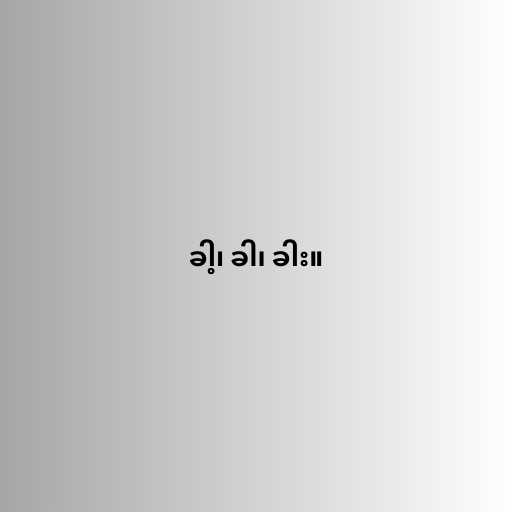
ခါ့၊ ခါ၊ ခါး။